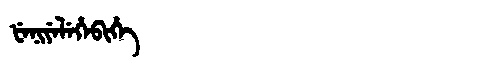
Manchu: ᡶᡝᠨᡳᠶᡝᠯᡝᡥᡝᠪᡳᡥᡝ
Romanization: FENIYELEHEBIHE